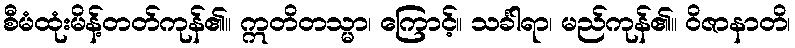
စီမံထုံးမိန့်တတ်ကုန်၏။ ဣတိတသ္မာ၊ ကြောင့်။ သင်္ခါရာ၊ မည်ကုန်၏။ ဝိဇာနာတိ၊